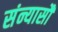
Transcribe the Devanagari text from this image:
संन्यासौ